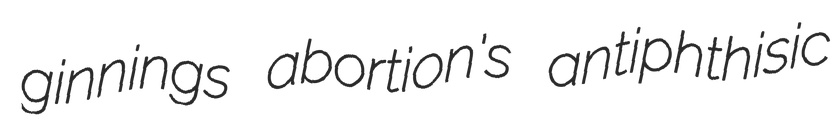
ginnings abortion's antiphthisic